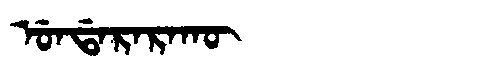
Manchu: ᡠᠨᡩᠠᡵᠠᡵᠠᡴᡡ
Romanization: UNDARARAKŪ